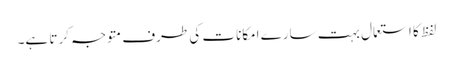
لفظ کا استعمال بہت سارے امکانات کی طرف متوجہ کرتا ہے۔